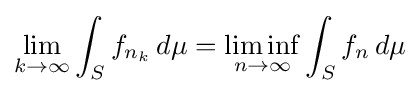
\lim _{k\to \infty }\int _{S}f_{n_{k}}\,d\mu =\liminf _{n\to \infty }\int _{S}f_{n}\,d\mu